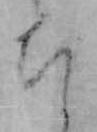
ち